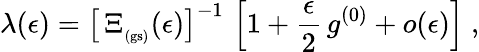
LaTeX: \lambda(\epsilon)=\left[\, \Xi_{_\mathrm{(gs)}}(\epsilon)\right]^{-1}\, \left[1+\frac{\epsilon}{2}\, g^{(0)}+o(\epsilon)\right]\; ,